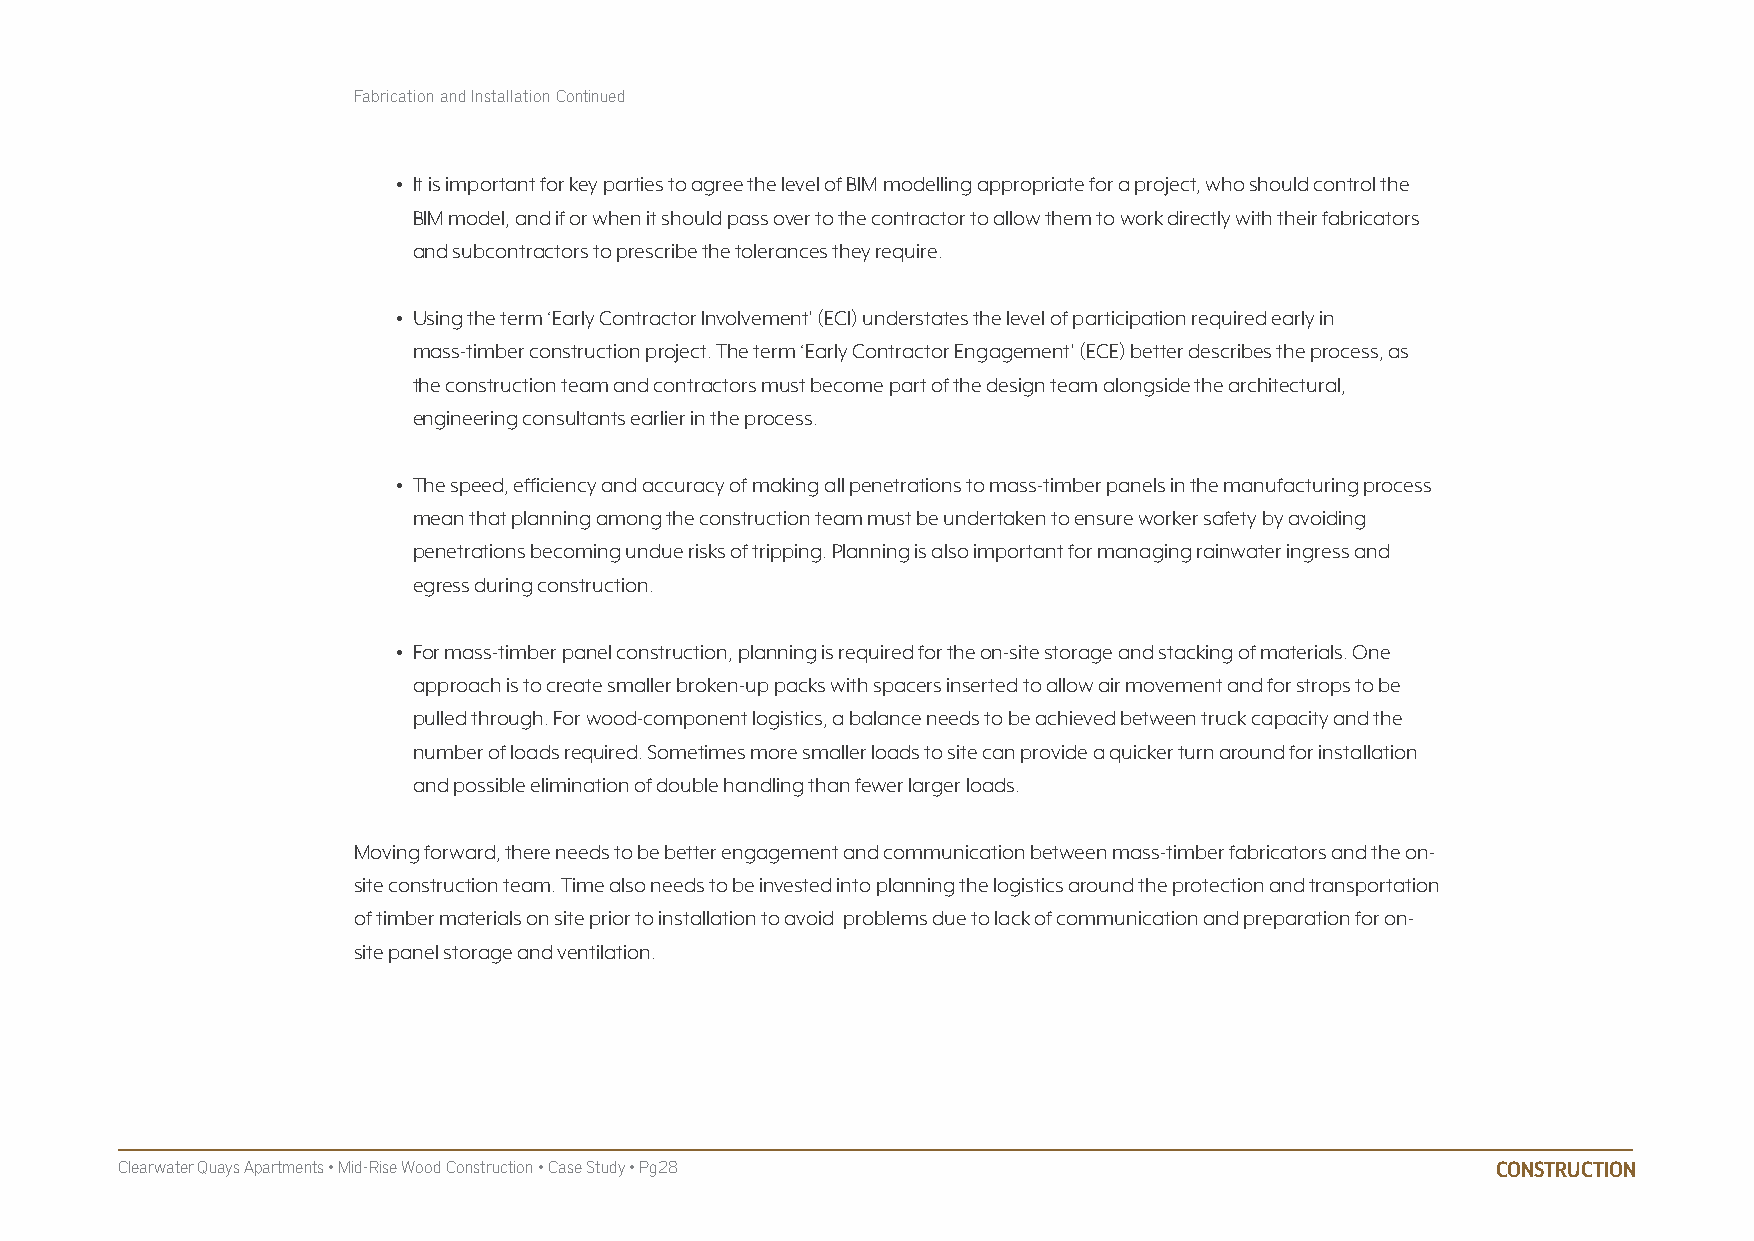
Fabrication and Installation Continued
 • It is important for key parties to agree the level of BIM modelling appropriate for a project, who should control the
 BIM model, and if or when it should pass over to the contractor to allow them to work directly with their fabricators
 and subcontractors to prescribe the tolerances they require.
 • Using the term ‘Early Contractor Involvement’ (ECI) understates the level of participation required early in
 mass-timber construction project. The term ‘Early Contractor Engagement’ (ECE) better describes the process, as
 the construction team and contractors must become part of the design team alongside the architectural,
 engineering consultants earlier in the process.
 • The speed, efficiency and accuracy of making all penetrations to mass-timber panels in the manufacturing process
 mean that planning among the construction team must be undertaken to ensure worker safety by avoiding
 penetrations becoming undue risks of tripping. Planning is also important for managing rainwater ingress and
 egress during construction.
 • For mass-timber panel construction, planning is required for the on-site storage and stacking of materials. One
 approach is to create smaller broken-up packs with spacers inserted to allow air movement and for strops to be
 pulled through. For wood-component logistics, a balance needs to be achieved between truck capacity and the
 number of loads required. Sometimes more smaller loads to site can provide a quicker turn around for installation
 and possible elimination of double handling than fewer larger loads.
 Moving forward, there needs to be better engagement and communication between mass-timber fabricators and the on-
 site construction team. Time also needs to be invested into planning the logistics around the protection and transportation
 of timber materials on site prior to installation to avoid problems due to lack of communication and preparation for on-
 site panel storage and ventilation.
 Clearwater Quays Apartments • Mid-Rise Wood Construction • Case Study • Pg28               CONSTRUCTION